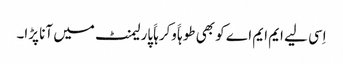
اِسی لیے ایم ایم اے کو بھی طوہاََ وکرہاََ پارلیمنٹ میں آنا پڑا۔